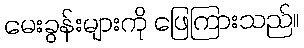
မေးခွန်းများကို ဖြေကြားသည်။